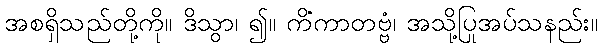
အစရှိသည်တို့ကို။ ဒိသွာ၊ ၍။ ကိံကာတဗ္ဗံ၊ အသို့ပြုအပ်သနည်း။